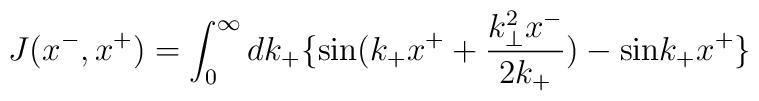
J(x^-,x^+)=\int_0^{\infty}dk_+ \{ {\rm sin}(k_+x^++\frac{k_{\bot}^2x^-}{2k_+})-{\rm sin}k_+x^+ \}